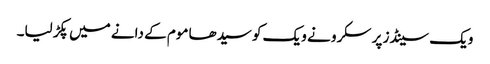
ویک سینڈز پر سکرو نے ویک کو سیدھا موم کے دانے میں پکڑ لیا۔